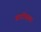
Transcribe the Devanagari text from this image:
डाटोंवाला